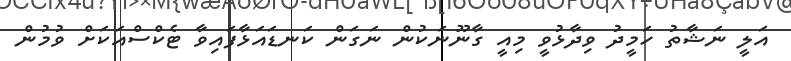
އަލީ ނަޝާތު ހަމީދު ވިދާޅުވީ މިއީ ގާނޫނަކުން ނަގަން ކަނޑައަޅާފައިވާ ޓެކްސްއަކަށް ވުމުން